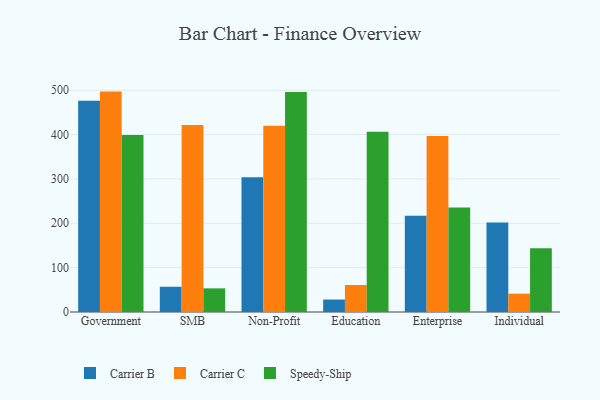
{"axis": {"x": "Segment", "y": "Satisfaction Score"}, "legend": ["Carrier B", "Carrier C", "Speedy-Ship"], "data": [{"x": "Government", "y": 476.2, "type": "Carrier B"}, {"x": "Government", "y": 496.9, "type": "Carrier C"}, {"x": "Government", "y": 399.2, "type": "Speedy-Ship"}, {"x": "SMB", "y": 56.9, "type": "Carrier B"}, {"x": "SMB", "y": 421.4, "type": "Carrier C"}, {"x": "SMB", "y": 53.3, "type": "Speedy-Ship"}, {"x": "Non-Profit", "y": 303.8, "type": "Carrier B"}, {"x": "Non-Profit", "y": 419.9, "type": "Carrier C"}, {"x": "Non-Profit", "y": 495.9, "type": "Speedy-Ship"}, {"x": "Education", "y": 28.1, "type": "Carrier B"}, {"x": "Education", "y": 60.9, "type": "Carrier C"}, {"x": "Education", "y": 406.1, "type": "Speedy-Ship"}, {"x": "Enterprise", "y": 216.8, "type": "Carrier B"}, {"x": "Enterprise", "y": 396.8, "type": "Carrier C"}, {"x": "Enterprise", "y": 235.5, "type": "Speedy-Ship"}, {"x": "Individual", "y": 201.8, "type": "Carrier B"}, {"x": "Individual", "y": 41.4, "type": "Carrier C"}, {"x": "Individual", "y": 143.7, "type": "Speedy-Ship"}]}